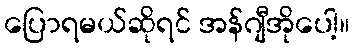
ပြောရမယ်ဆိုရင် အန်ဂျီအိုပေါ့။